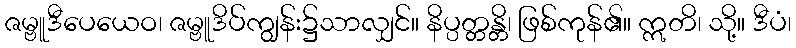
ဇမ္ဗူဒီပေယေဝ၊ ဇမ္ဗူဒိပ်ကျွန်း၌သာလျှင်။ နိပ္ပတ္တန္တိ၊ ဖြစ်ကုန်၏။ ဣတိ၊ သို့။ ဒီပံ၊